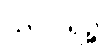
သာဂါရဉ္စ